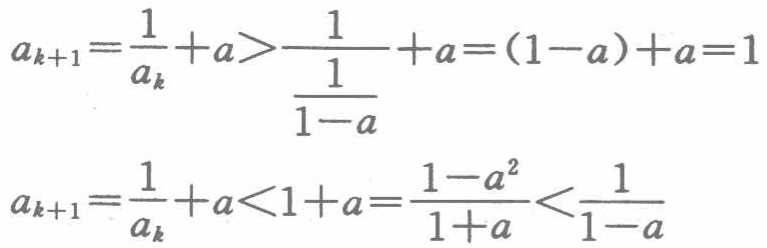
\[
\begin{align*}
a_{k + 1}&=\frac{1}{a_{k}}+a>\frac{1}{\frac{1}{1 - a}}+a=(1 - a)+a = 1\\
a_{k + 1}&=\frac{1}{a_{k}}+a<1 + a=\frac{1 - a^{2}}{1 + a}<\frac{1}{1 - a}
\end{align*}
\]